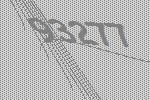
93277